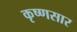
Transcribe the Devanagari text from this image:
कृष्णसार